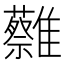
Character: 𩁞